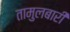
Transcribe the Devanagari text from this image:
तामुलबारी